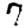
Digit: 7